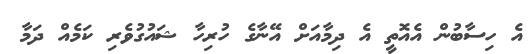
އެ ހިސާބުން އެއޮތީ އެ ދިމާއަށް އޭނާގެ ހުރިހާ ޝައުގުވެރި ކަމެއް ދަމާ